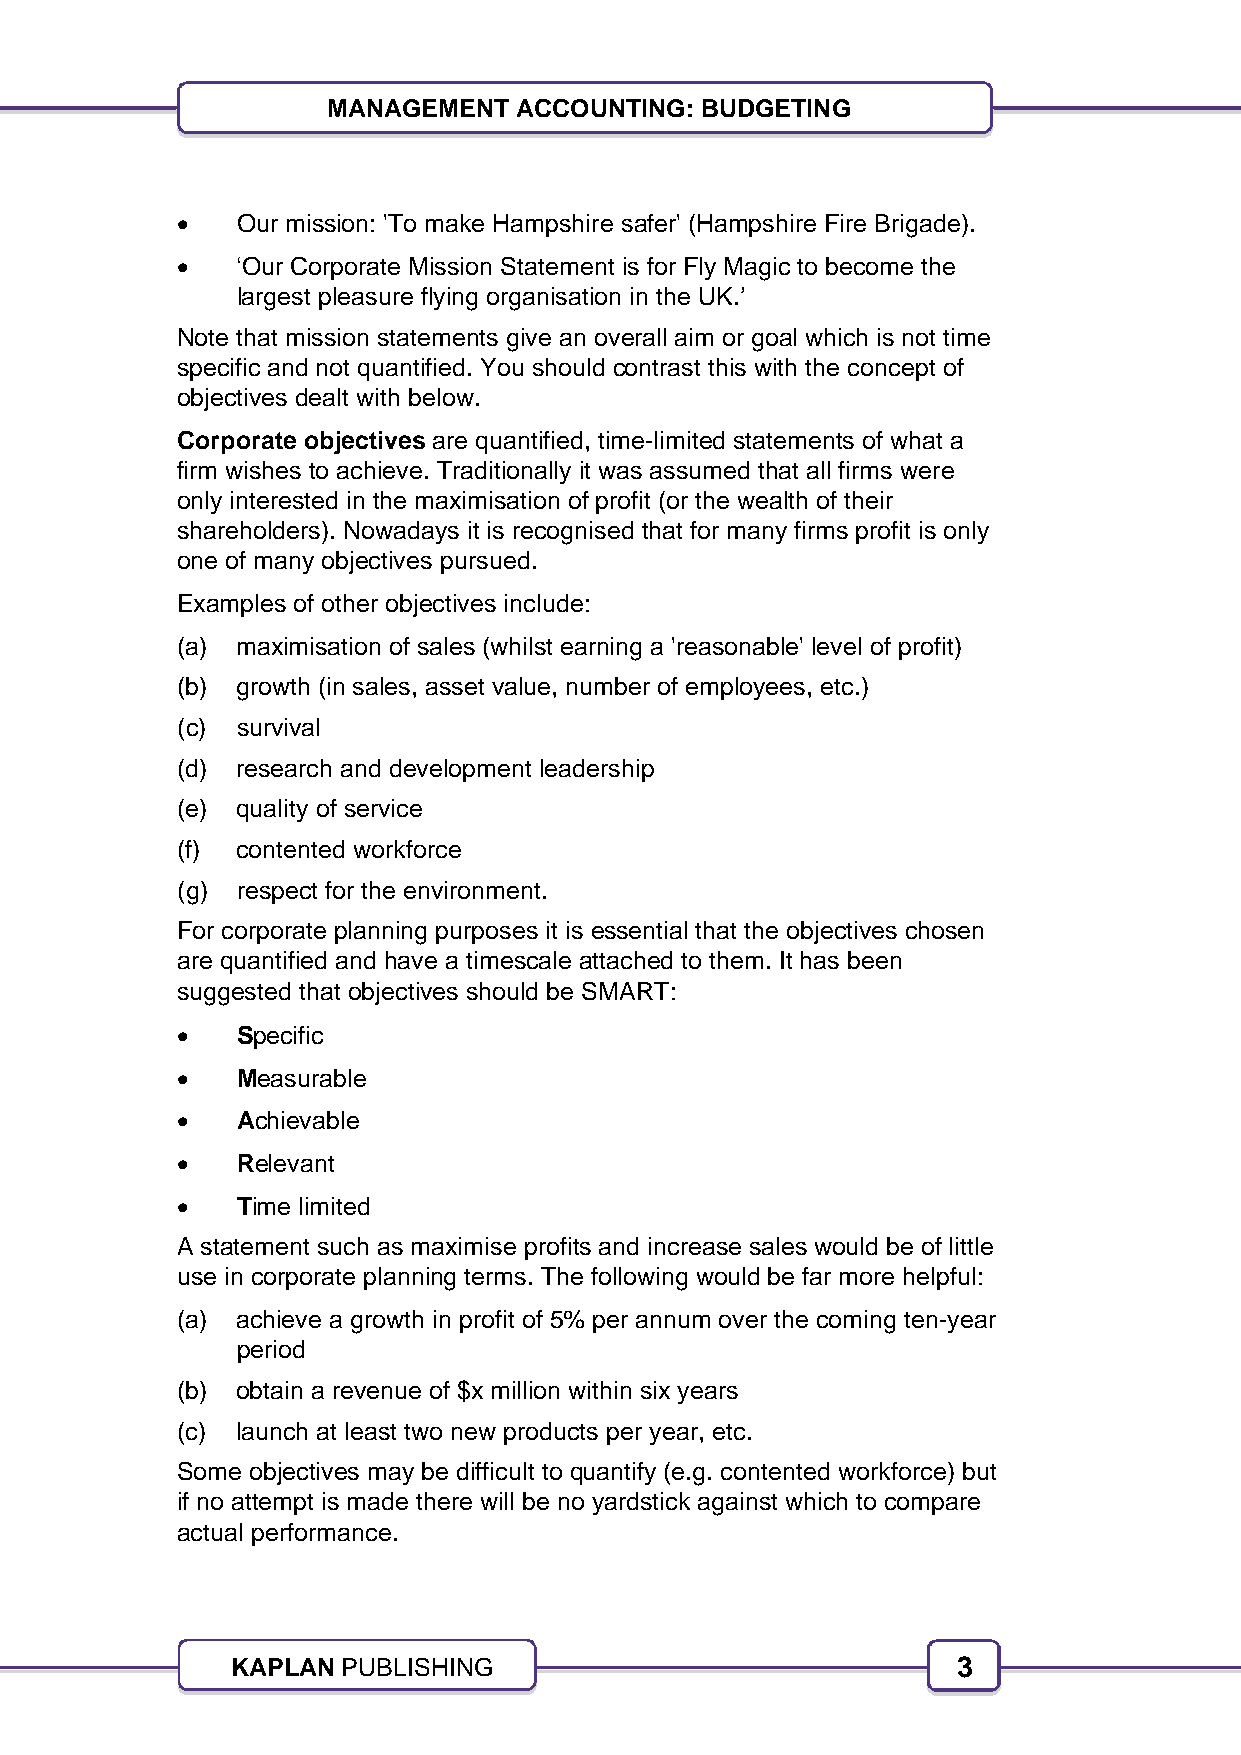
3
 MANAGEMENT  ACCOUNTING: BUDGETING
    Our mission: 'To make Hampshire safer' (Hampshire Fire Brigade).
    ‘Our Corporate Mission Statement is for Fly Magic to become the
 largest pleasure flying organisation in the UK.’
 Note that mission statements give an overall aim or goal which is not time
 specific and not quantified. You should contrast this with the concept of
 objectives dealt with below.
 Corporate objectives are quantified, time-limited statements of what a
 firm wishes to achieve. Traditionally it was assumed that all firms were
 only interested in the maximisation of profit (or the wealth of their
 shareholders). Nowadays it is recognised that for many firms profit is only
 one of many objectives pursued.
 Examples of other objectives include:
 (a) maximisation of sales (whilst earning a 'reasonable' level of profit)
 (b) growth (in sales, asset value, number of employees, etc.)
 (c) survival
 (d) research and development leadership
 (e) quality of service
 (f) contented workforce
 (g) respect for the environment.
 For corporate planning purposes it is essential that the objectives chosen
 are quantified and have a timescale attached to them. It has been
 suggested that objectives should be SMART:
    Specific
    Measurable
    Achievable
    Relevant
    Time limited
 A statement such as maximise profits and increase sales would be of little
 use in corporate planning terms. The following would be far more helpful:
 (a) achieve a growth in profit of 5% per annum over the coming ten-year
 period
 (b) obtain a revenue of $x million within six years
 (c) launch at least two new products per year, etc.
 Some objectives may be difficult to quantify (e.g. contented workforce) but
 if no attempt is made there will be no yardstick against which to compare
 actual performance.
 KAPLAN  PUBLISHING                              3